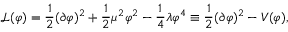
{ \mathcal { L } } ( \varphi ) = { \frac { 1 } { 2 } } ( \partial \varphi ) ^ { 2 } + { \frac { 1 } { 2 } } \mu ^ { 2 } \varphi ^ { 2 } - { \frac { 1 } { 4 } } \lambda \varphi ^ { 4 } \equiv { \frac { 1 } { 2 } } ( \partial \varphi ) ^ { 2 } - V ( \varphi ) ,